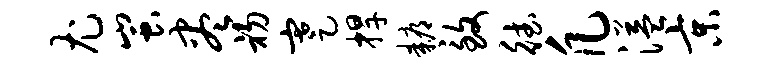
尤蚩尽初蹇捍耨致德凡溢京